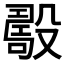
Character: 𣪾